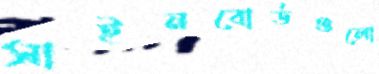
সাইনবোর্ডগুলো